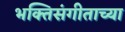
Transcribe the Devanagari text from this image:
भक्तिसंगीताच्या